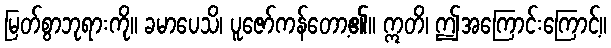
မြတ်စွာဘုရားကို။ ခမာပေသိ၊ ပူဇော်ကန်တော့၏။ ဣတိ၊ ဤအကြောင်းကြောင့်။